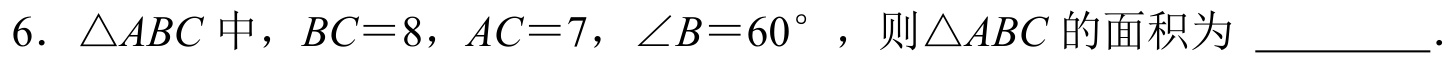
6. $\triangle ABC$中，$BC = 8$，$AC = 7$，$\angle B = 60^{\circ}$，则$\triangle ABC$的面积为 \_\_\_\_\_\_．